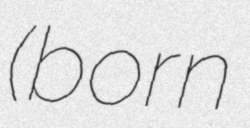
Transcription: (born